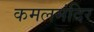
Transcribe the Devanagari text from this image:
कमलमंदिर